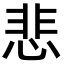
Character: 悲